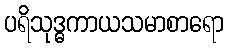
ပရိသုဒ္ဓကာယသမာစာရော